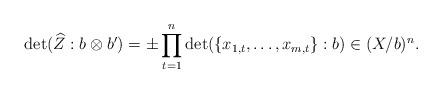
LaTeX: \begin{align*}\det (\widehat{Z}:b\otimes b')=\pm \prod_{t=1}^n \det(\{x_{1,t},\dots,x_{m,t}\}: b)\in (X/b)^n.\end{align*}